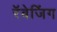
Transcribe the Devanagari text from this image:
रॅवेजिंग